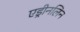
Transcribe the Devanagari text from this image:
एड्रीनलिन